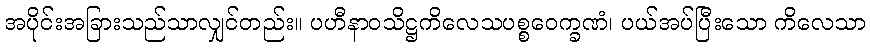
အပိုင်းအခြားသည်သာလျှင်တည်း။ ပဟီနာဝသိဋ္ဌကိလေသပစ္စဝေက္ခဏံ၊ ပယ်အပ်ပြီးသော ကိလေသာ